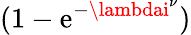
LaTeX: (1-\mathrm{e}^{-\lambdai^{\nu}})